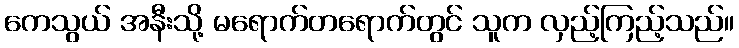
ကေသွယ် အနီးသို့ မရောက်တရောက်တွင် သူက လှည့်ကြည့်သည်။